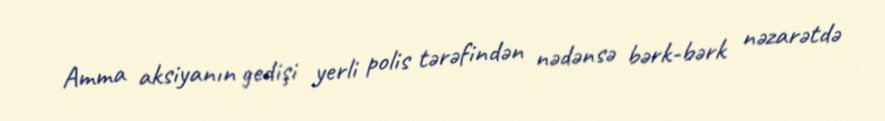
Amma aksiyanın gedişi yerli polis tərəfindən nədənsə bərk-bərk nəzarətdə